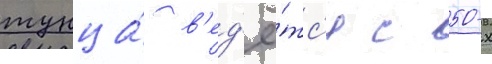
тунца́ в'ед'ё́тс'я с 50-х